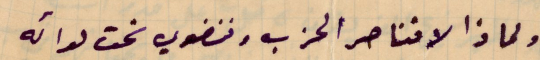
ولماذا لا نناصر الحزب وننضوي تحت لوائه